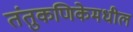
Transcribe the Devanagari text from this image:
तंतुकणिकेमधील